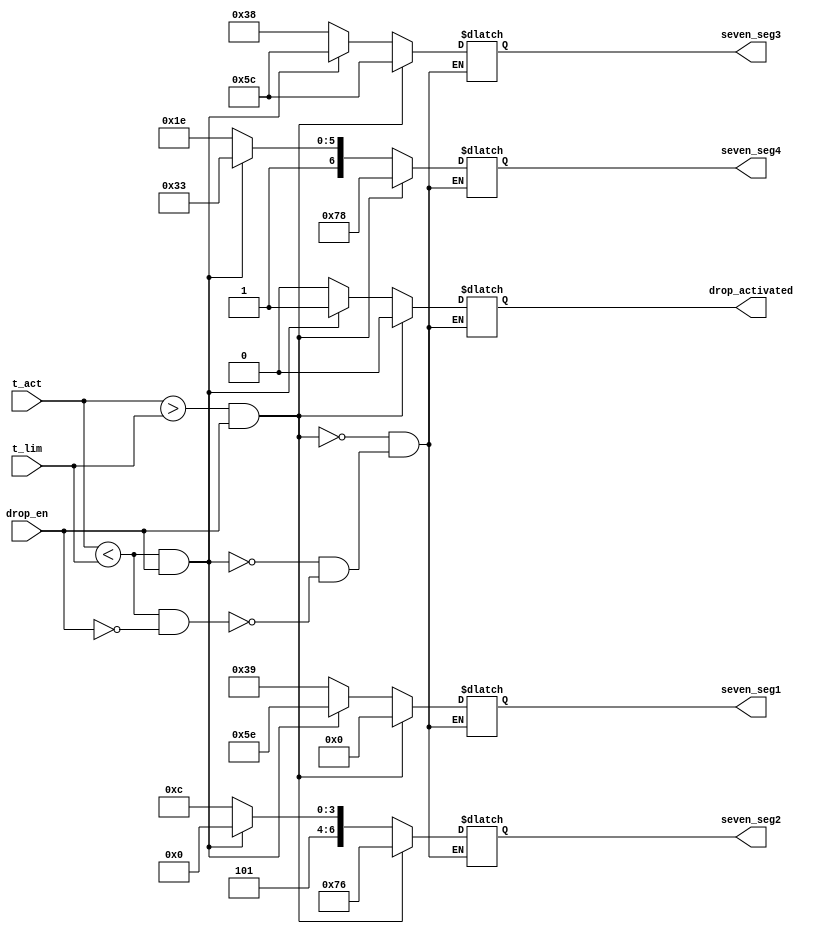
`timescale 1ns / 1ps
//////////////////////////////////////////////////////////////////////////////////
// Company: 
// Engineer: 
// 
// Design Name: 
// Module Name:    display_and_drop 
// Project Name: 
// Target Devices: 
// Tool versions: 
// Description: 
//
// Dependencies: 
//
// Revision: 
// Revision 0.01 - File Created
// Additional Comments: 
//
//////////////////////////////////////////////////////////////////////////////////
module display_and_drop(
	output [6:0] seven_seg1, 
   output [6:0] seven_seg2,
   output [6:0] seven_seg3,
   output [6:0] seven_seg4,
   output [0:0] drop_activated,
   input [15:0] t_act,
   input [15:0] t_lim,
   input drop_en
   );
	
	reg [6:0] seven_seg1_aux;
	reg [6:0] seven_seg2_aux;
	reg [6:0] seven_seg3_aux;
	reg [6:0] seven_seg4_aux;
	reg drop_aux;
	
	always@(*) begin
			
		//Pentru afisarea mesajului cold
		if(t_act < t_lim && drop_en == 0) begin
			seven_seg1_aux = 7'b011_1001;
			seven_seg2_aux = 7'b101_1100;
			seven_seg3_aux = 7'b011_1000;
			seven_seg4_aux = 7'b101_1110;
			drop_aux = 0;
		end
		
		//Pentru afisarea mesajului drop
		if(t_act < t_lim && drop_en == 1) begin
			seven_seg1_aux = 7'b101_1110;
			seven_seg2_aux = 7'b101_0000;
			seven_seg3_aux = 7'b101_1100;
			seven_seg4_aux = 7'b111_0011;
			drop_aux = 1;
		end
				
		//Pentru afisarea mesajului hot
		if(t_act > t_lim && drop_en == 1) begin
			seven_seg1_aux = 7'b000_0000;
			seven_seg2_aux = 7'b111_0110;
			seven_seg3_aux = 7'b101_1100;
			seven_seg4_aux = 7'b111_1000;
			drop_aux = 0;
		end
		
    end
	
	 //Atribuire continua pentru output-uri
    assign seven_seg1 = seven_seg1_aux;
	 assign seven_seg2 = seven_seg2_aux;
	 assign seven_seg3 = seven_seg3_aux;
	 assign seven_seg4 = seven_seg4_aux;
	 assign drop_activated = drop_aux;

endmodule